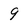
Character: 9